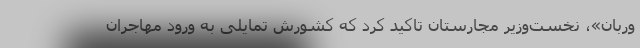
وربان»، نخست‌وزیر مجارستان تاکید کرد که کشورش تمایلی به ورود مهاجران